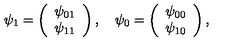
\psi _ { 1 } = \left( \begin{array} { c } { \psi _ { 0 1 } } \\ { \psi _ { 1 1 } } \\ \end{array} \right) , \quad \psi _ { 0 } = \left( \begin{array} { c } { \psi _ { 0 0 } } \\ { \psi _ { 1 0 } } \\ \end{array} \right) ,